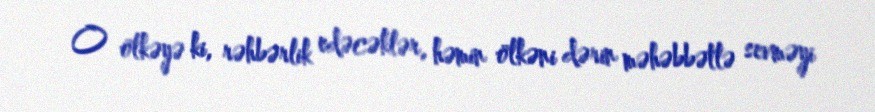
O ölkəyə ki, rəhbərlik edəcəklər, həmin ölkəni dərin məhəbbətlə sevməyi